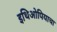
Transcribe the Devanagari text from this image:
इथिओपियाचा